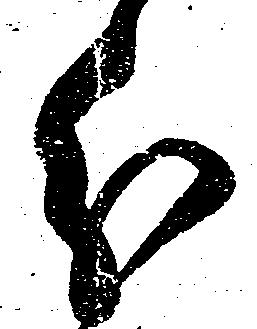
分